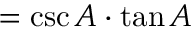
= \csc A \cdot \tan A